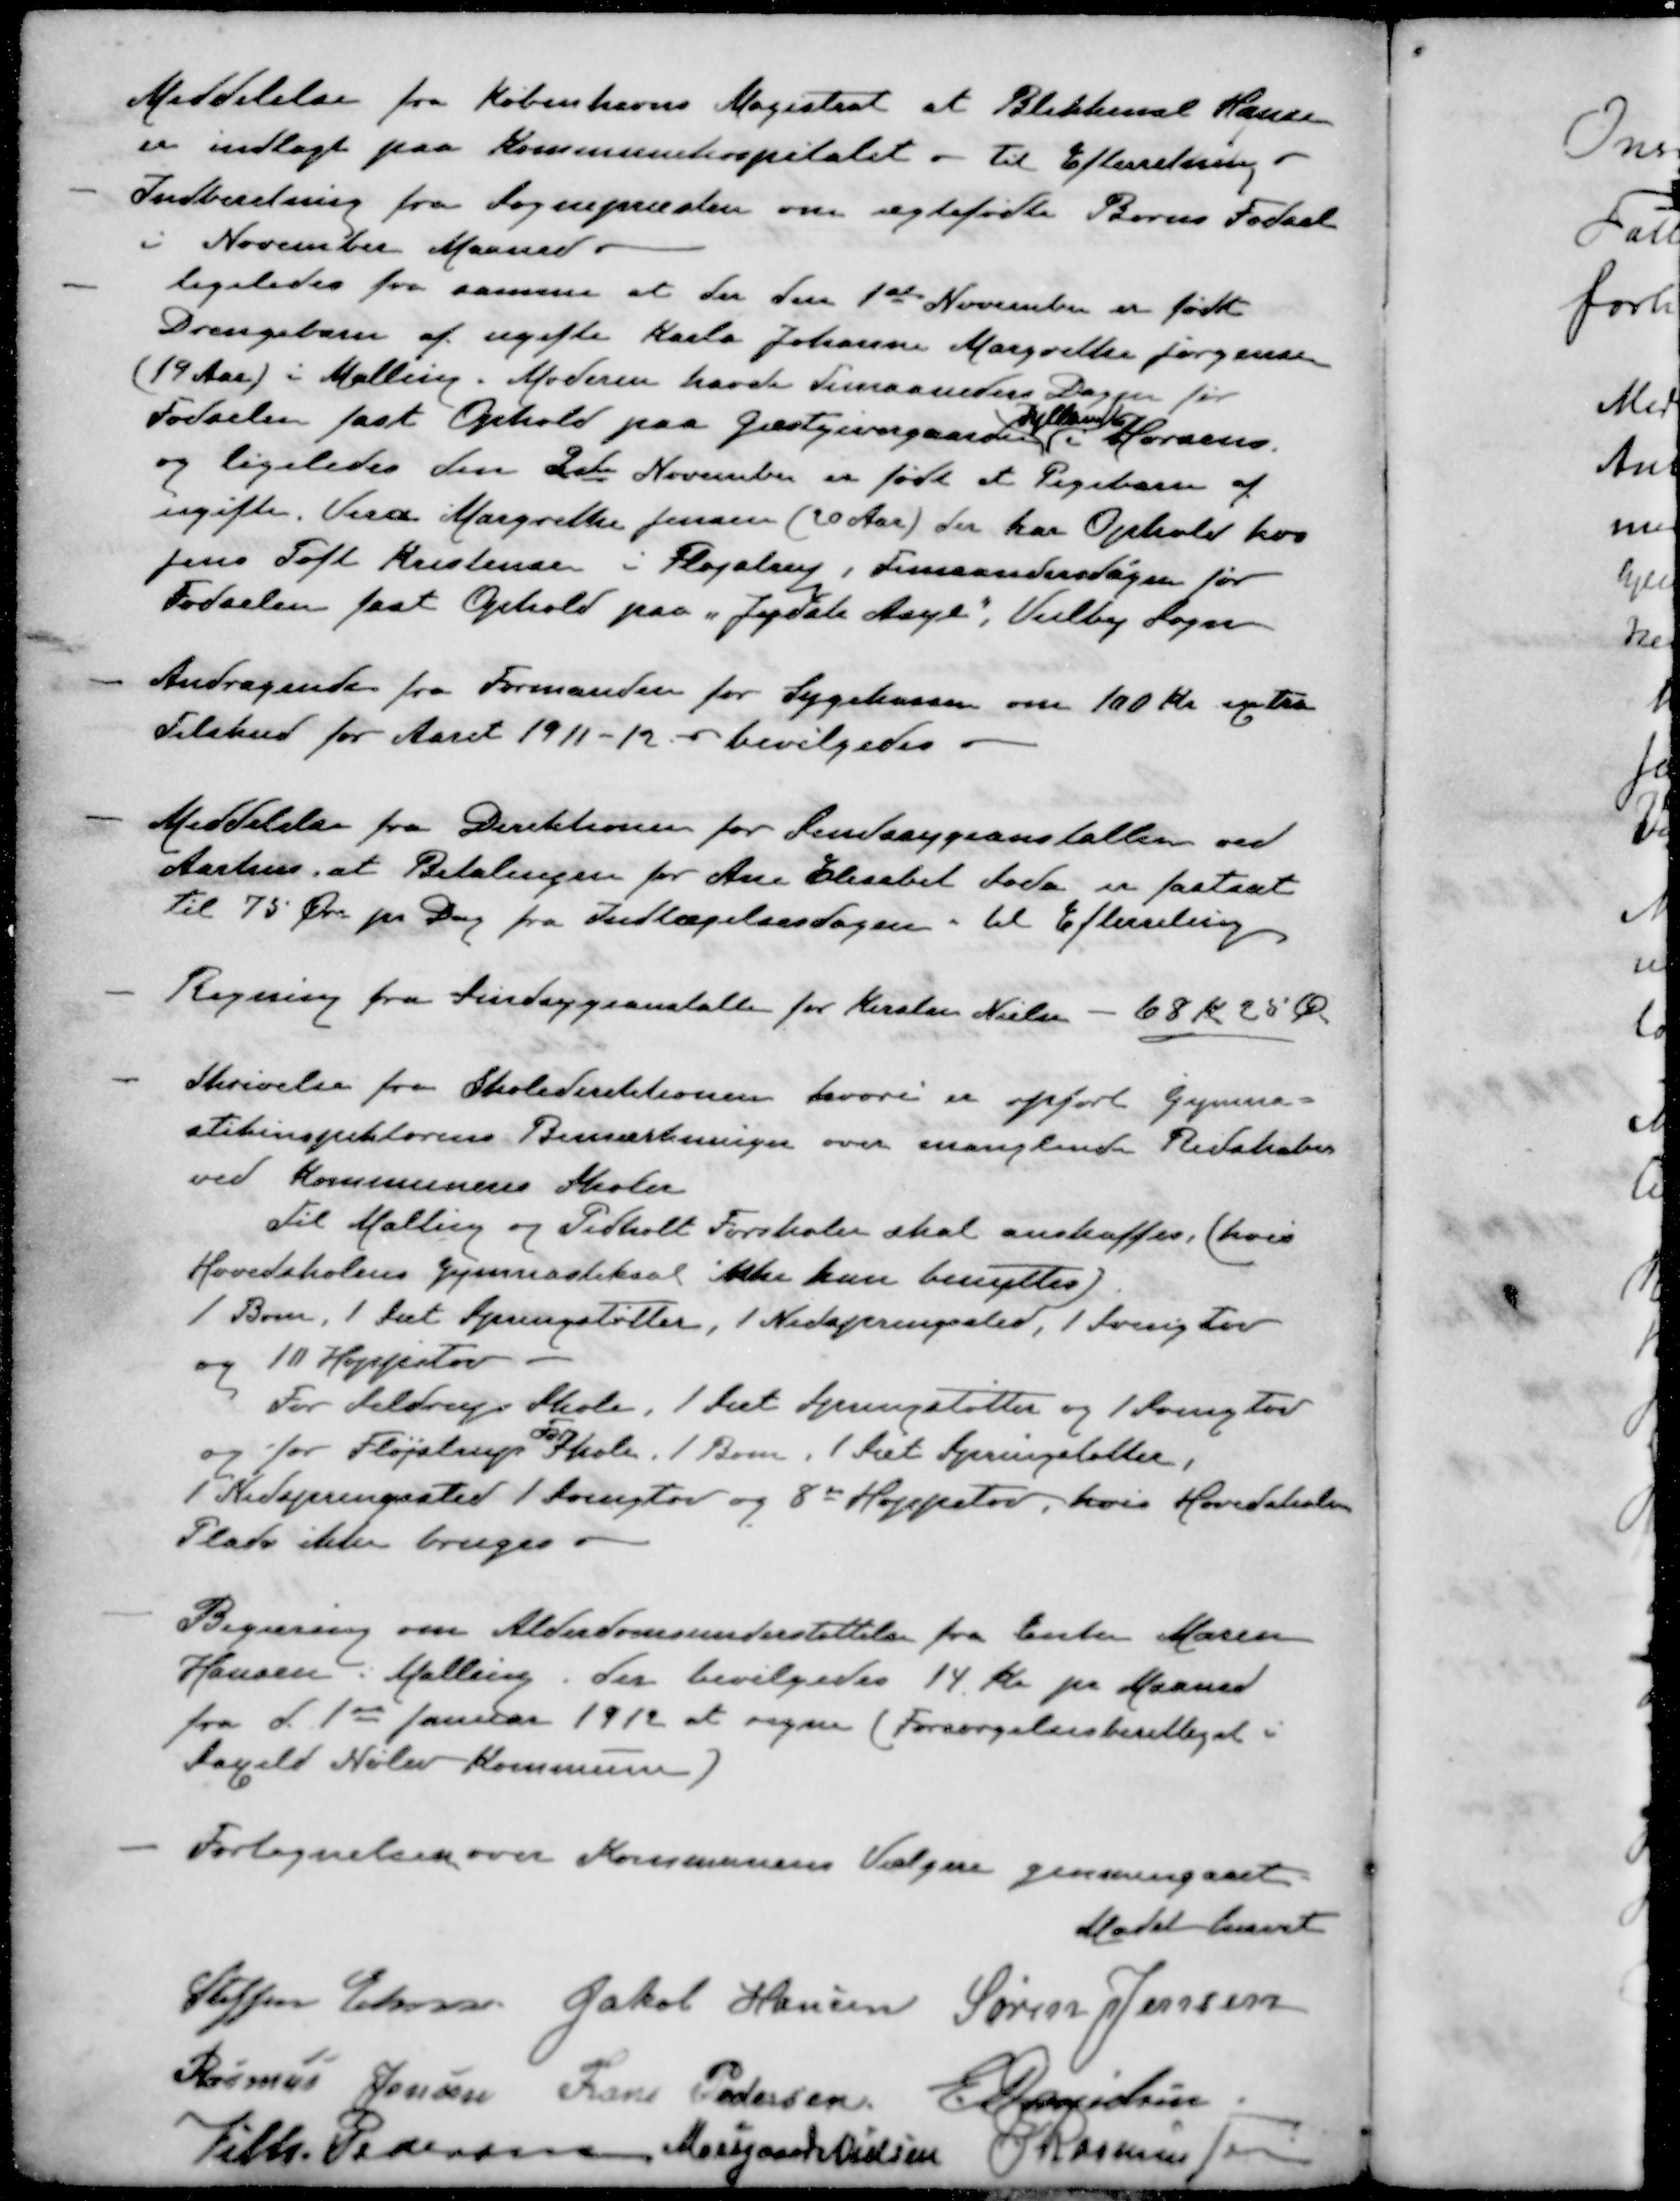
Transskription:
Meddelelse fra Københavns Magistrat at Blikkensl Hansen
er indlagt paa Kommunehospitalet - Til Efterretning -
- Indberetning fra Sognepræsten om ægtefødte Børns Fødsel
i November Maaned.
- ligeledes fra samme at der den 1ste November er født
Drengebarn af ugifte Karla Johanne Margrethe Jørgensen
(19 Aar) i Malling. Moderen havde Timaaneders Dagen for
Jylland
Fødselen fast Ophold paa Gæstgivergaarden i Horsens
og ligeledes den 2den November er født et Pigebarn af
ugifte Vera Margrethe Jensen (20 Aar) der har Ophold hos
Jens Toft Kristensen i Fløjstrup, Femaanedersdagen for
Fødselen fast Ophold paa "Jydske Asyl", Veilby Sogn
- Andragende fra Formanden for Sygekassen om 100 Kr extra
Tilskud for Aaret 1911-12. - bevilgedes.
- Meddelelse fra Direktionen for Sindssygeanstalten ved
Aarhus, at Betalingen for Ane Elisabet Soda er fastsæt
til 75 Øre pr. Dag fra Indlægelsesdagen - til Efterretning
- Regning fra Sindsygeanstalten for Kirsten Nielsen - 68 Kr. 25 Øre
- Skrivelse fra Skoledirektionen hvori er opført Gymna-
stikinspektørens Bemærkninger over manglende Redskaber
ved Kommunens Skoler
Til Malling og Pedholt Forskoler skal anskaffes, (hvis
Hovedskolens Gymnastiksal ikke kan benyttes)
1 Bom, 1 Sæt Springstøtter, 1 Nedspringssted, 1 Svingtov
og 10 Hoppetov
For Seldrup Skole, 1 Sæt Springstøtter og 1 Svingtov
For
og for Fløjstrup Skole. 1 Bom, 1 Sæt Springstøtter,
1 Nedspringssted 1 Svingtov og 8de Hoppetov, hvis Hovedskolens
Plads ikke bruges
- Begæring om Alderdomsunderstøttelse fra Enke Maren
Hansen i Malling. Der bevilgedes 14 Kr pr Maaned
fra d. 1ste Januar 1912 at regne (Forsørgelsesberettiget i
Saxild Nølev Kommune)
- Fortegnelsen over Kommunens Vælgere gennemgaaet
Mødet hævet
Steffen Elmose
Jakob Hansen
Søren Jensen
Rasmus Jensen
Frans Pedersen
E Danielsen
Vilh. Pedersen
Moesgaard Nielsen
J Rasmussen